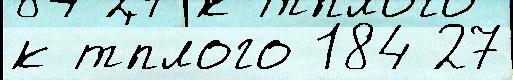
к т'́плого 184 27